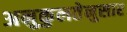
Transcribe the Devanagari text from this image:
अनुकुलतेनुसार